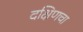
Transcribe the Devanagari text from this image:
दक्षिणचा